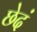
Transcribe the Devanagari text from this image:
छेदं